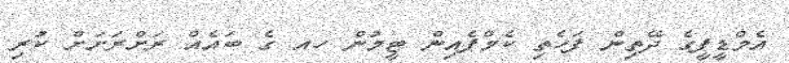
އެމްޑީޕީގެ ދޭތިން ފަހެތި ކެމްޕެއިން ޓީމުން ހއ ގެ ބައެއް ރަށްރަށަށް ކުރި